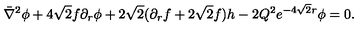
\bar { \nabla } ^ { 2 } \phi + 4 \sqrt 2 f \partial _ { r } \phi + 2 \sqrt 2 ( \partial _ { r } f + 2 \sqrt 2 f ) h - 2 Q ^ { 2 } e ^ { - 4 \sqrt 2 r } \phi = 0 .